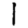
Digit: 1